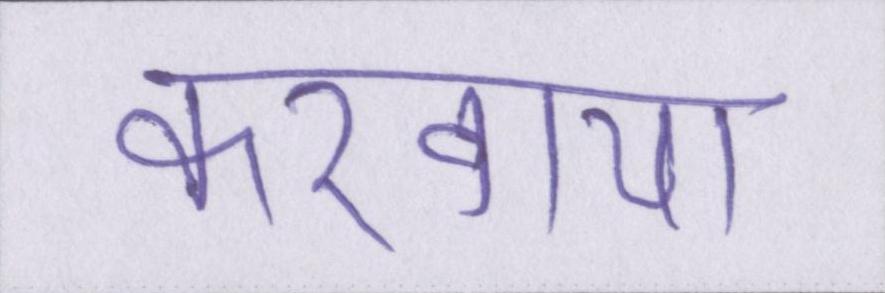
करवाया